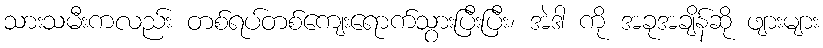
သားသမီးကလည်း တစ်ရပ်တစ်ကျေးရောက်သွားပြီးပြီး၊ အဲဒါ ကို အခုအချိန်ဆို ဖျားများ